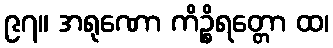
၉၇။ အရုဏော ကိဉ္စိရတ္တော ထ၊